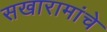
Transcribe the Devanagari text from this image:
सखारामांचे